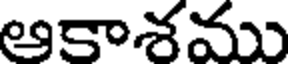
ఆకాశము